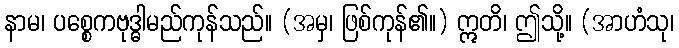
နာမ၊ ပစ္စေကဗုဒ္ဓါမည်ကုန်သည်။ (အမှ၊ ဖြစ်ကုန်၏။) ဣတိ၊ ဤသို့။ (အာဟံသု၊